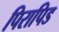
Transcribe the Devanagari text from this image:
पिरापिड